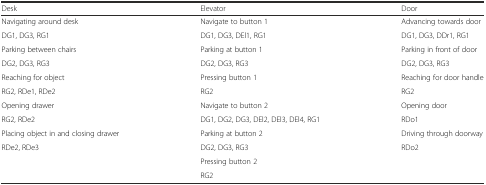
<table><thead><tr><td><b>Desk</b></td><td><b>Elevator</b></td><td><b>Door</b></td></tr></thead><tbody><tr><td>Navigating around desk</td><td>Navigate to button 1</td><td>Advancing towards door</td></tr><tr><td>DG1, DG3, RG1</td><td>DG1, DG3, DEl1, RG1</td><td>DG1, DG3, DDr1, RG1</td></tr><tr><td>Parking between chairs</td><td>Parking at button 1</td><td>Parking in front of door</td></tr><tr><td>DG2, DG3, RG3</td><td>DG2, DG3, RG3</td><td>DG2, DG3, RG3</td></tr><tr><td>Reaching for object</td><td>Pressing button 1</td><td>Reaching for door handle</td></tr><tr><td>RG2, RDe1, RDe2</td><td>RG2</td><td>RG2</td></tr><tr><td>Opening drawer</td><td>Navigate to button 2</td><td>Opening door</td></tr><tr><td>RG2, RDe2</td><td>DG1, DG2, DG3, DEl2, DEl3, DEl4, RG1</td><td>RDo1</td></tr><tr><td>Placing object in and closing drawer</td><td>Parking at button 2</td><td>Driving through doorway</td></tr><tr><td>RDe2, RDe3</td><td>DG2, DG3, RG3</td><td>RDo2</td></tr><tr><td rowspan="2"></td><td>Pressing button 2</td><td rowspan="2"></td></tr><tr><td>RG2</td></tr></tbody></table>